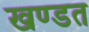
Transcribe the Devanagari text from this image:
खण्डत